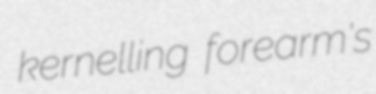
kernelling forearm's